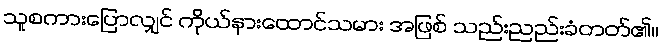
သူစကားပြောလျှင် ကိုယ်နားထောင်သမား အဖြစ် သည်းညည်းခံတတ်၏။